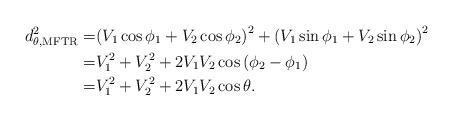
LaTeX: \begin{align*} d_{\theta,{\rm MFTR}}^2= &{{\left( {{V}_{1}}\cos {{\phi }_{1}}+{{V}_{2}}\cos {{\phi }_{2}} \right)}^{2}}+{{\left( {{V}_{1}}\sin {{\phi }_{1}}+{{V}_{2}}\sin {{\phi }_{2}} \right)}^{2}} \\ =& V_1^2+V_2^2+2V_1V_2\cos{\left(\phi_2-\phi_1\right)} \\ =&V_1^2+V_2^2+2V_1V_2\cos{\theta}.\end{align*}